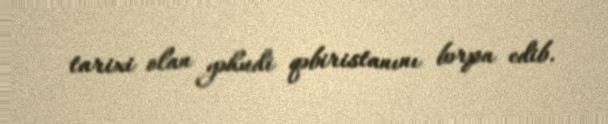
tarixi olan yəhudi qəbiristanını bərpa edib.